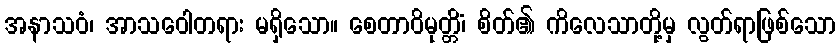
အနာသဝံ၊ အာသဝေါတရား မရှိသော။ စေတာဝိမုတ္တိံ၊ စိတ်၏ ကိလေသာတို့မှ လွတ်ရာဖြစ်သော